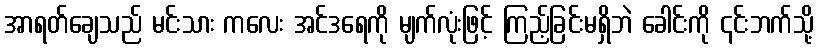
အာရတ်ချေသည် မင်းသား ကလေး အင်ဒရေကို မျက်လုံးဖြင့် ကြည့်ခြင်းမရှိဘဲ ခေါင်းကို ၎င်းဘက်သို့